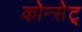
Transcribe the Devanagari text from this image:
कोन्सेट्